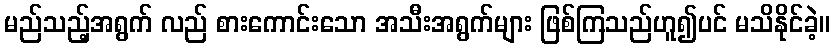
မည်သည့်အရွက် လည် စားကောင်းသော အသီးအရွက်များ ဖြစ်ကြသည်ဟူ၍ပင် မသိနိုင်ခဲ့။